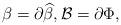
LaTeX: \begin{align*} \beta= \partial \widehat{\beta}, \mathcal{B} = \partial \Phi, \end{align*}